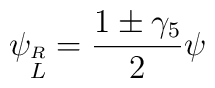
\psi_{\stackrel{R}{L}} = {1\pm\gamma_5\over2}\psi